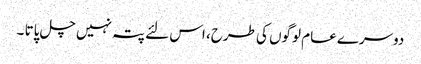
دوسرے عام لوگوں کی طرح، اس لئے پتہ نہیں چل پاتا ۔